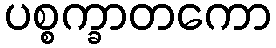
ပစ္စက္ခာတကော